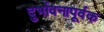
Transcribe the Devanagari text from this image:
दुर्भावनापूर्वक